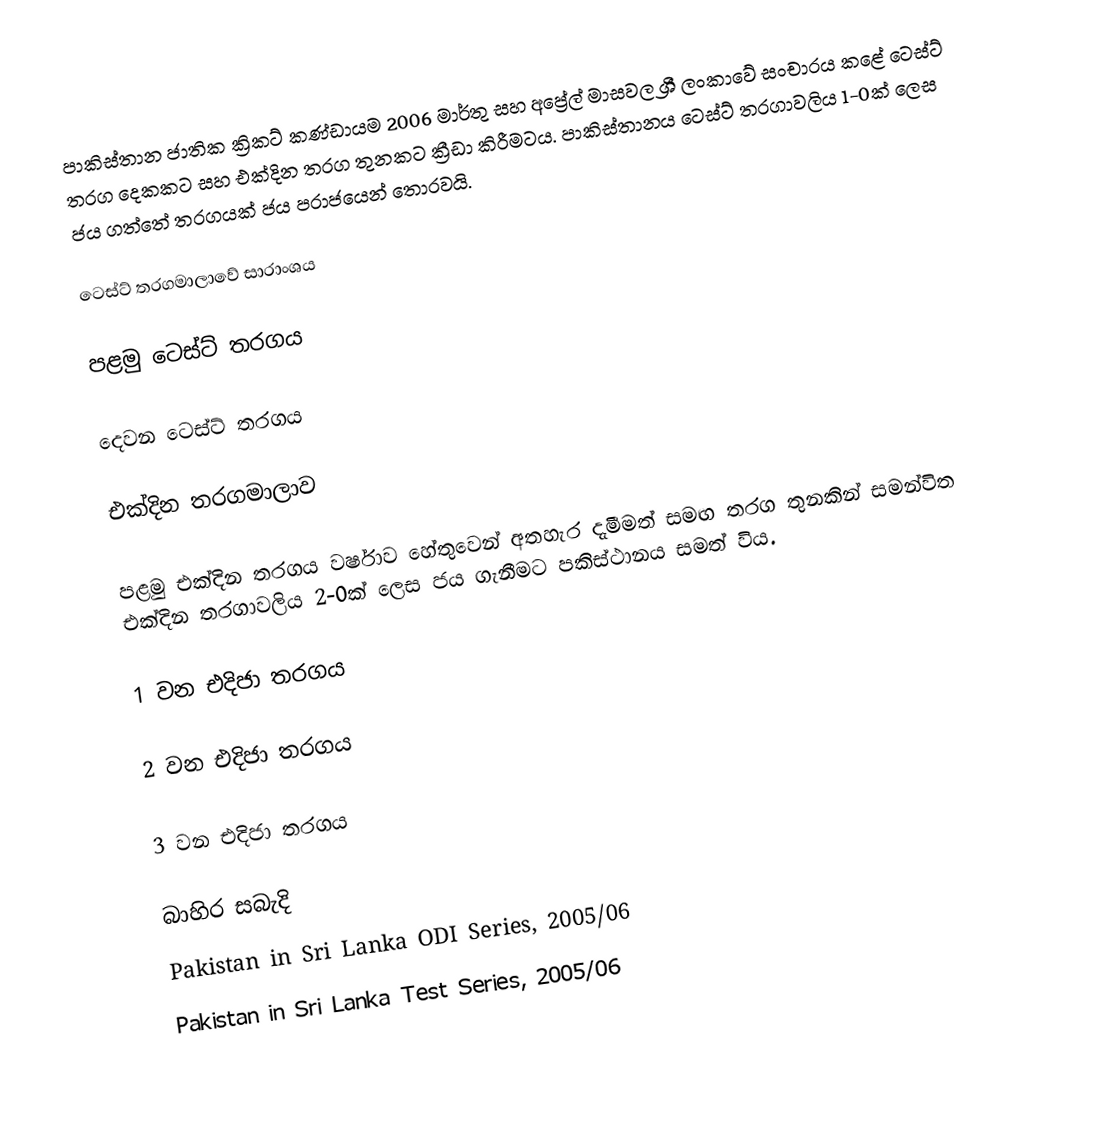
පාකිස්තාන ජාතික ක්‍රිකට් කණ්ඩායම 2006 මාර්තු සහ අප්‍රේල් මාසවල ශ්‍රී ලංකාවේ සංචාරය කළේ ටෙස්ට් තරග දෙකකට සහ එක්දින තරග තුනකට ක්‍රීඩා කිරීමටය. පාකිස්තානය ටෙස්ට් තරගාවලිය 1-0ක් ලෙස ජය ගත්තේ තරගයක් ජය පරාජයෙන් තොරවයි.

ටෙස්ට් තරගමාලාවේ සාරාංශය

පළමු ටෙස්ට් තරගය

දෙවන ටෙස්ට් තරගය

එක්දින තරගමාලාව

පළමු එක්දින තරගය වර්ෂාව හේතුවෙන් අතහැර දැමීමත් සමඟ තරග තුනකින් සමන්විත එක්දින තරගාවලිය 2-0ක් ලෙස ජය ගැනීමට පකිස්ථානය සමත් විය.

1 වන එදිජා තරගය

2 වන එදිජා තරගය

3 වන එදිජා තරගය

බාහිර සබැදි
 Pakistan in Sri Lanka ODI Series, 2005/06
 Pakistan in Sri Lanka Test Series, 2005/06